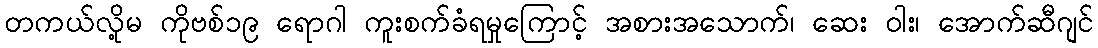
တကယ်လို့မ ကိုဗစ်၁၉ ရောဂါ ကူးစက်ခံရမှုကြောင့် အစားအသောက်၊ ဆေး ဝါး၊ အောက်ဆီဂျင်